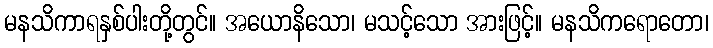
မနသိကာရနှစ်ပါးတို့တွင်။ အယောနိသော၊ မသင့်သော အားဖြင့်။ မနသိကရောတော၊